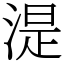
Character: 湜